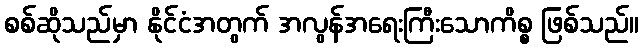
စစ်ဆိုသည်မှာ နိုင်ငံအတွက် အလွန်အရေးကြီးသောကိစ္စ ဖြစ်သည်။